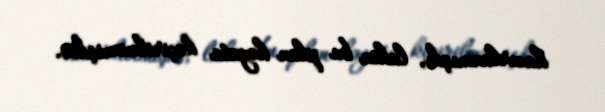
hazırlanmışdı, lakin bu plan həyata keçirilməmişdir.